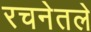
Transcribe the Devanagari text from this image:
रचनेतले